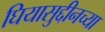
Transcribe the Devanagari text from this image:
घियासुद्दीनच्या